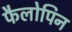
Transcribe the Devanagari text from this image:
फैलोपिन